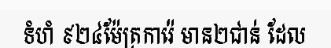
ទំហំ ៩២៤ម៉ែត្រការ៉េ មាន២ជាន់ ដែល